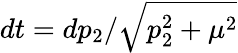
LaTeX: dt=dp_{2}/\sqrt{p_{2}^{2}+\mu^{2}}